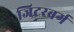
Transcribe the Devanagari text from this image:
जिटरबर्ग